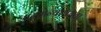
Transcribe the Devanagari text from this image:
अन्योन्याश्रयता